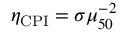
\eta _ { \mathrm { C P I } } = \sigma \mu _ { 5 0 } ^ { - 2 }